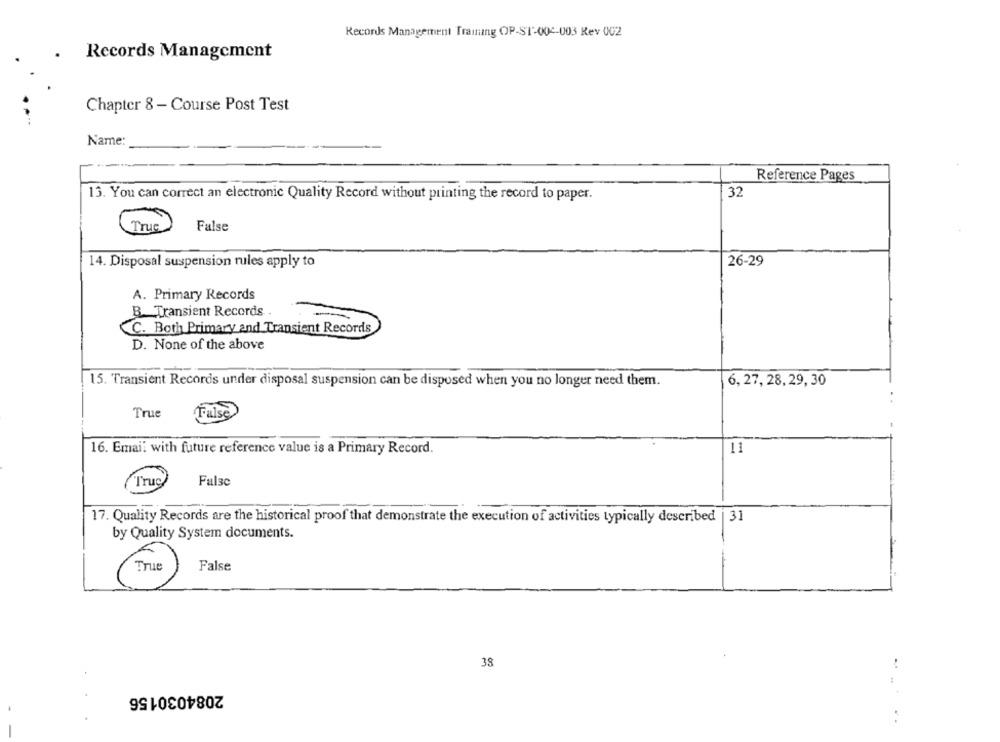
Records Management Training OP-ST-004-003 Rev 002
Records Management
Chapter 8 - Course Post Test
Name:
Reference Pages
32
13. You can correct an electronic Quality Record without printing the record to paper.
True
False
14. Disposal suspension rules apply to
26-29
A. Primary Records
B. Transient Records.
C. Both Primary and Transient Records
D. None of the above
15. Transient Records under disposal suspension can be disposed when you no longer need them.
6, 27, 28, 29, 30
True
False
16. Email with future reference value is a Primary Record.
11
Truc
Fulse
17. Quality Records are the historical proof that demonstrate the execution of activities typically described | 31
by Quality System documents.
True
False
38
2084030156